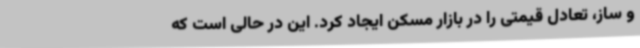
و ساز، تعادل قیمتی را در بازار مسکن ایجاد کرد. این در حالی است که